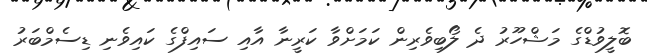
ބޮލީވުޑްގެ މަޝްހޫރު ދެ ލޯބިވެރިން ކަމަށްވާ ކަރީނާ އާއި ސައިފްގެ ކައިވެނި ޑިސެމްބަރު